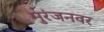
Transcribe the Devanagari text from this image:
मुरंजनवर